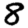
Digit: 8